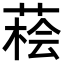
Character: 𦷭